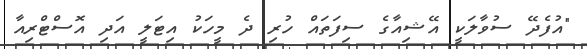
"އުފެދޭ ސުވާލަކީ އޭޝިއާގެ ސިފަތައް ހުރި ދެ މީހަކު އިޓަލީ އަދި އޮސްޓްރިއާ